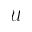
\mathcal { U }